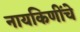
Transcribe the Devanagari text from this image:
नायकिणींचे